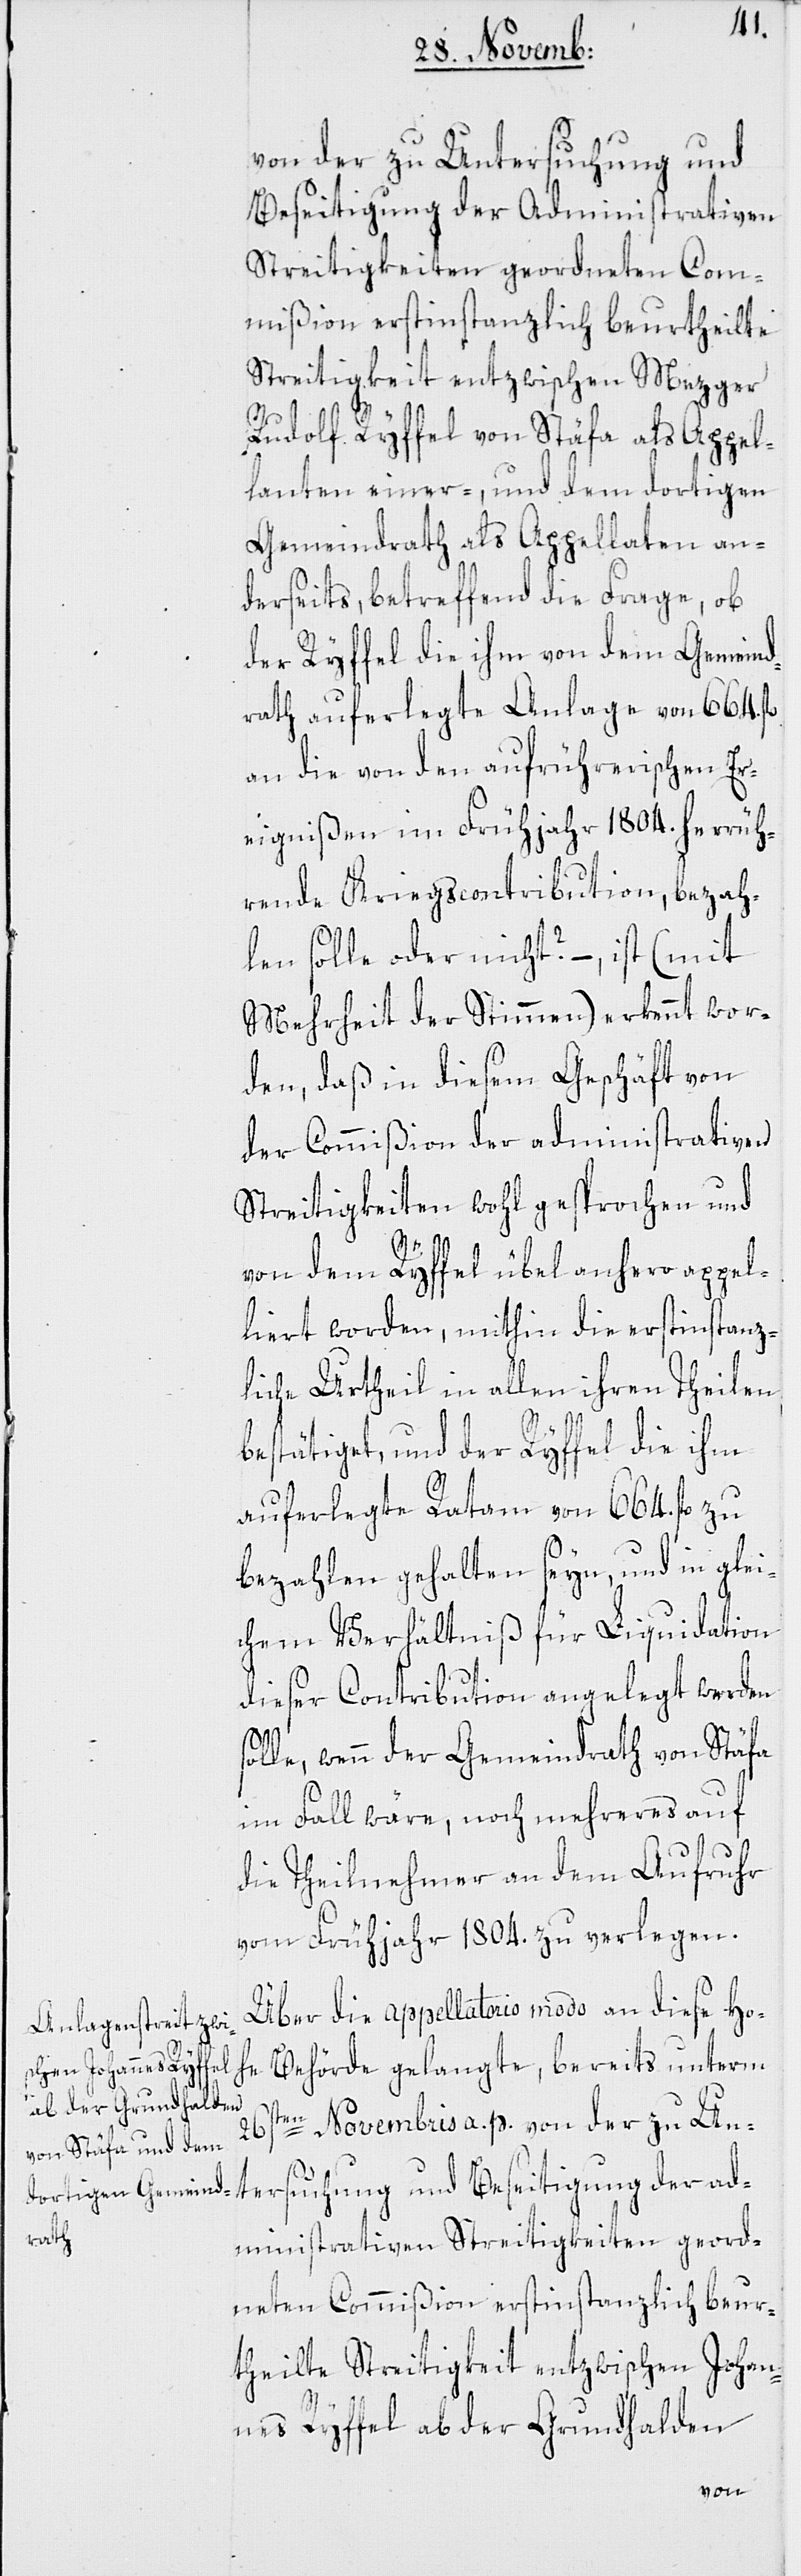
von der zu Untersuchung und
Beseitigung der Administrativen
Streitigkeiten geordneten Com¬
mißion erstinstanzlich beurtheilte
Streitigkeit entzwischen Mezger
Rudolf Ryffel von Stäfa als Appel¬
lanten einer-, und dem dortigen
Gemeindrath als Appellaten an¬
derseits, betreffend die Frage, ob
der Ryffel die ihm von dem Gemeind¬
rath auferlegte Anlage von 664. fl.
an die von den aufrührerischen Er¬
eignißen im Frühjahr 1804. herrüh¬
rende Kriegscontribution, bezah¬
len solle oder nicht? – ist (mit
Mehrheit der Stimmen) erkennt wor¬
den, daß in diesem Geschäft von
der Commißion der administrativen
Streitigkeiten wohl gesprochen und
s¬
von dem Ryffel übel anhero appel¬
liert worden, mithin die erstinstanz¬
liche Urtheil in allen ihren Theilen
bestätiget, und der Ryffel die ihm
auferlegte Ratam von 664. fl. zu
bezahlen gehalten seyn, und in glei¬
chem Verhältniß für Liquidation
dieser Contribution angelegt werden
olle, wenn der Gemeindrath von Stäfa
im Fall wäre, noch mehreres auf
die Theilnehmer an dem Aufruhr
vom Frühjahr 1804. zu verlegen.
Über die appellatorio modo an diese Ho¬
he Behörde gelangte, bereits unterm
26sten Novembris a. p. von der zu Un¬
tersuchung und Beseitigung der ad¬
ministrativen Streitigkeiten geord¬
neten Commißion erstinstanzlich beur¬
theilte Streitigkeit entzwischen Johan¬
nes Ryffel ab der Grundhalden